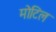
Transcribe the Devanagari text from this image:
मोटिल